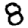
Digit: 8